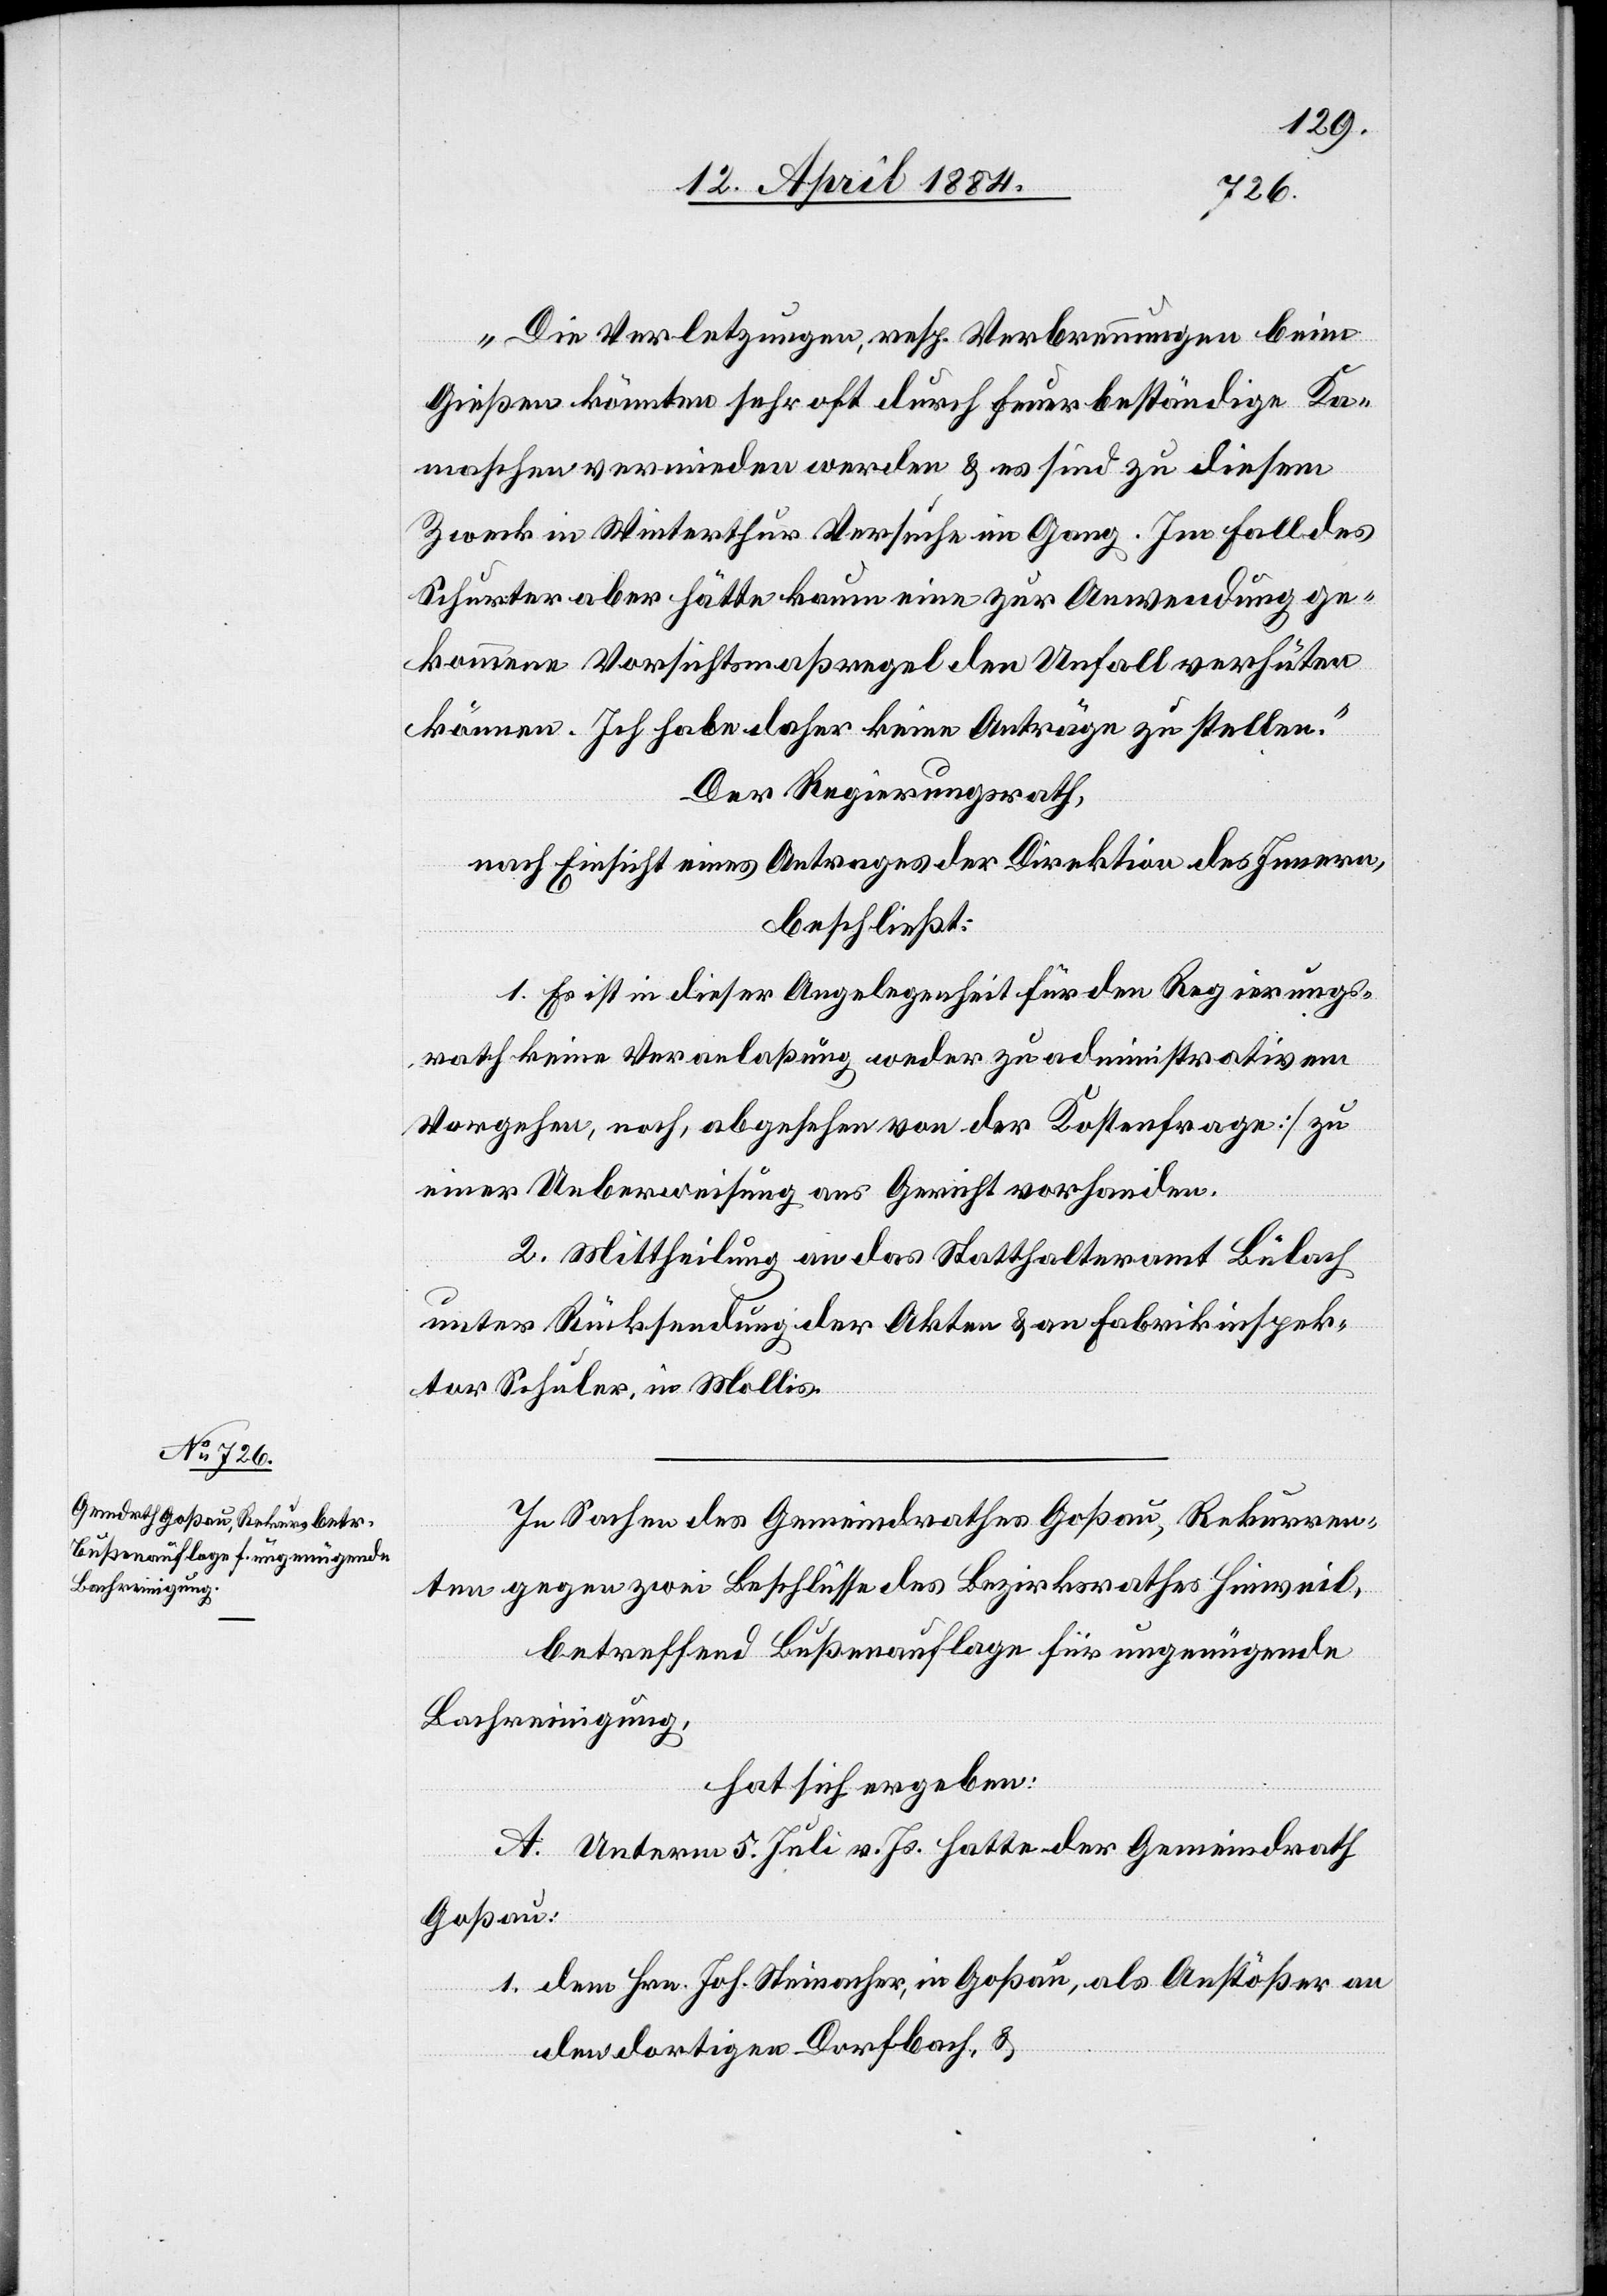
„Die Verletzungen, resp. Verbrennungen beim
Gießen könnten sehr oft durch feuerbeständige Ka¬
maschen vermieden werden & es sind zu diesem
Zweck in Winterthur Versuche im Gang. Im Fall des
Schurter aber hätte kaum eine zur Anwendung ge¬
kommene Vorsichtmaßregel den Unfall verhüten
können. Ich habe daher keine Anträge zu stellen.“
Der Regierungsrath,
nach Einsicht eines Antrages der Direktion des Innern,
beschließt:
1. Es ist in dieser Angelegenheit für den Regierungs¬
rath keine Veranlaßung weder zu administrativen
Vorgehen, noch, [abgesehen von der Kostenfrage] zu
einer Ueberweisung ans Gericht vorhanden.
2. Mittheilung an das Statthalteramt Bülach
unter Rücksendung der Akten & an Fabrikinspek¬
tor Schuler, in Mollis.
In Sachen des Gemeindrathes Goßau, Rekurren¬
ten gegen einen Beschlusse des Bezirksrathes Hinweil,
betreffend Bußenauflage für ungenügende
Bachreinigung,
hat sich ergeben:
A. Unterm 5. Juli v. Js. hatte der Gemeindrath
Goßau:
1. dem Hrn. Joh. Steinacher, in Goßau, als Anstößer an
den dortigen Dorfbach, &